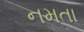
નમતા